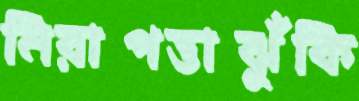
নিরাপত্তাঝুঁকি